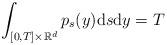
LaTeX: \begin{align*}\int_{[0,T]\times \mathbb R^d} p_s(y) \mathrm ds \mathrm dy = T\end{align*}